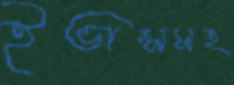
ইভান্সসহ